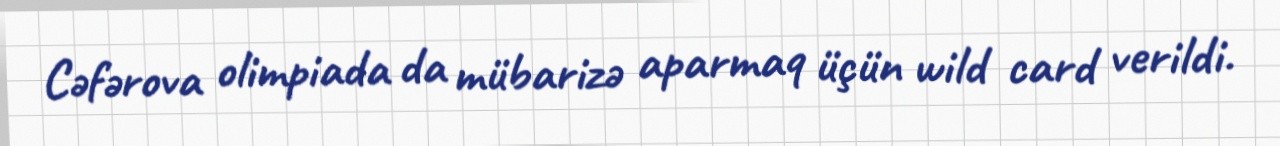
Cəfərova olimpiada da mübarizə aparmaq üçün wild card verildi.